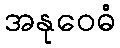
အနုဝေဓံ